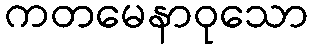
ကတမေနာဝုသော